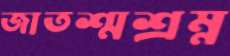
জাতশ্মশ্রম্ন